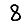
Digit: 8